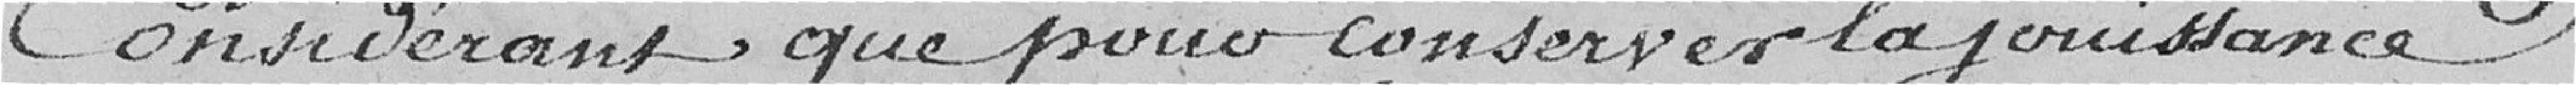
Considérant que pour conserver la jouissance